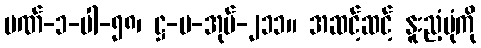
ပဏ်-၁-ပါ-၅၈၊ ဋ္ဌ-ပ-အုပ်-၂၁၁။ အဆင့်ဆင့် နူးညံ့ပုံကို